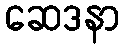
ဆေဒနာ